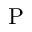
\mathrm { P }